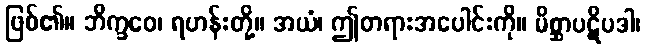
ဖြစ်၏။ ဘိက္ခဝေ၊ ရဟန်းတို့။ အယံ၊ ဤတရားအပေါင်းကို။ မိစ္ဆာပဋိပဒါ၊